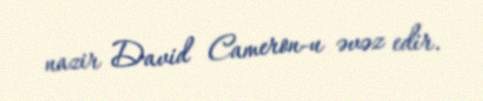
nazir David Cameron-u əvəz edir.